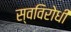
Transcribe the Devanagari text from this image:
स्वविरोधी